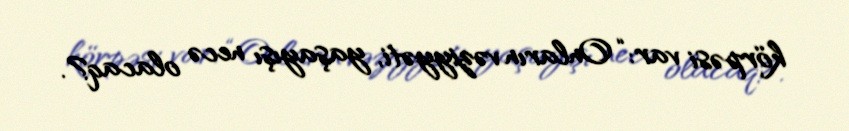
körpəsi var: “Onların vəziyyəti, yaşayışı necə olacaq?.